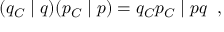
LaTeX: ( q _ { \cal C } \; \vert \; q ) ( p _ { \cal C } \; \vert \; p ) = q _ { \cal C } p _ { \cal C } \; \vert \; p q \; \; ,